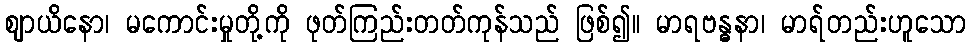
ဈာယိနော၊ မကောင်းမှုတို့ကို ဖုတ်ကြည်းတတ်ကုန်သည် ဖြစ်၍။ မာရဗန္ဓနာ၊ မာရ်တည်းဟူသော